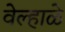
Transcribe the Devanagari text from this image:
वेल्हाळे